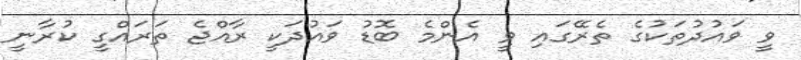
ވީ ވައުދުތަކުގެ ތެރޭގައި ވީ އެންމެ ބޮޑު ވައުދަކީ ރާއްޖެ ތަރައްގީ ކުރާނީ